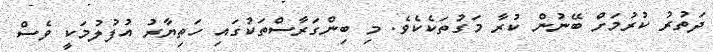
ދަތުރު ކުރުމަށް ބޭނުން ކުރާ މަގުތަކެކެވެ. މި ބިންގަރާސްތަކުގައި ހަތިޔާރު އުފުލުމަކީ ވެސް